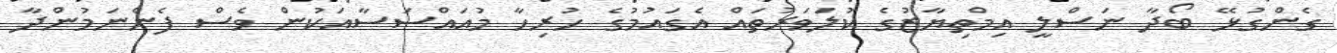
ގެންގުޅޭ ބޯދާ ނަސްލީ އިމްތިޔާޒުގެ ކުލަވަރުތައް އެގައުމުގެ ހުރިހާ މުއައްސަސާއަކުން ވެސް ފެންނަމުންދާ